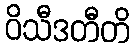
ဝိသီဒတီတိ